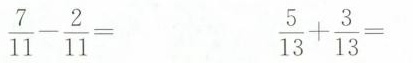
$$\frac{7}{11}- \frac{2}{11}=$$ $$\frac{5}{13}+ \frac{3}{13}=$$